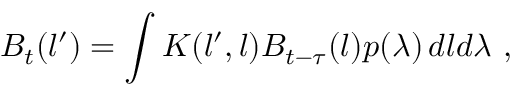
B _ { t } ( l ^ { \prime } ) = \int K ( l ^ { \prime } , l ) B _ { t - \tau } ( l ) p ( \lambda ) \, d l d \lambda \ ,